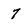
Character: 7